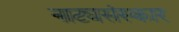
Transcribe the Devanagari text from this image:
नाट्यसंस्कार